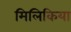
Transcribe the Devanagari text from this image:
मिलिकिया